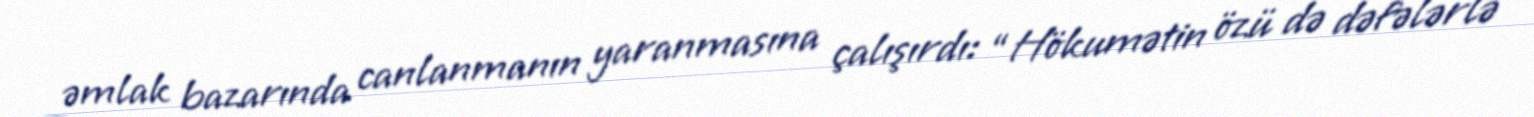
əmlak bazarında canlanmanın yaranmasına çalışırdı: “Hökumətin özü də dəfələrlə